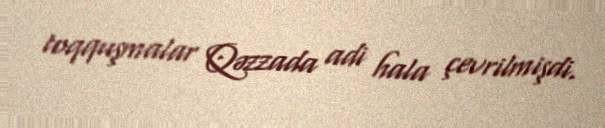
toqquşmalar Qəzzada adi hala çevrilmişdi.